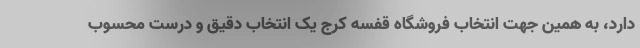
دارد، به همین جهت انتخاب فروشگاه قفسه کرج یک انتخاب دقیق و درست محسوب